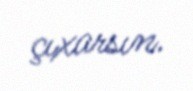
çıxarsın.